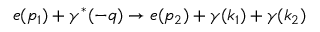
e ( p _ { 1 } ) + \gamma ^ { * } ( - q ) \to e ( p _ { 2 } ) + \gamma ( k _ { 1 } ) + \gamma ( k _ { 2 } )